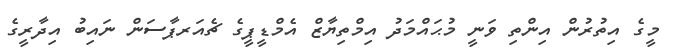
މީގެ އިތުރުން އިންތި ވަނީ މުޙައްމަދު އިމްތިޔާޒް އެމްޑީޕީގެ ޗެއަރޕާސަން ނައިބު އިދާރީގެ